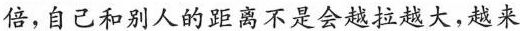
倍，自己和别人的距离不是会越拉越大，越来